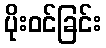
ပိုးဝင်ခြင်း